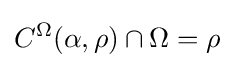
C^{\Omega }(\alpha ,\rho )\cap \Omega =\rho